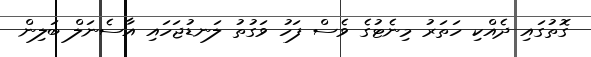
ގޮތުގައި ދެއްކި ހަތަރު މިނެޓުގެ ވެސް ފަހު ވަގުތު ލަނޑުޖަހައި އާސެނަލް ބަލިން